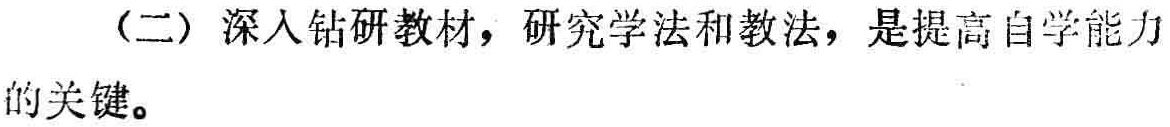
（二）深入钻研教材，研究学法和教法，是提高自学能力的关键。